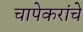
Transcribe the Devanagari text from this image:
चापेकरांचे